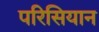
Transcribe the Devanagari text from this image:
परिसियान